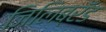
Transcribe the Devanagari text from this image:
जिलिब्रॅंड